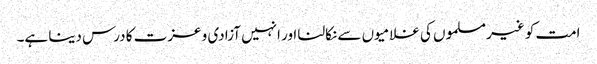
امت کو غیرمسلموں کی غلامیوں سے نکالنا اور انہیں آزادی و عزت کا درس دینا ہے۔